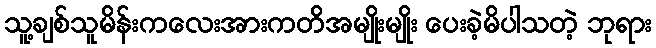
သူ့ချစ်သူမိန်းကလေးအားကတိအမျိုးမျိုး ပေးခဲ့မိပါသတဲ့ ဘုရား